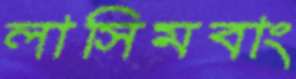
লাসিমবাং